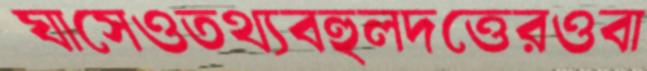
ঘাসেওতথ্যবহুলদত্তেরওবা